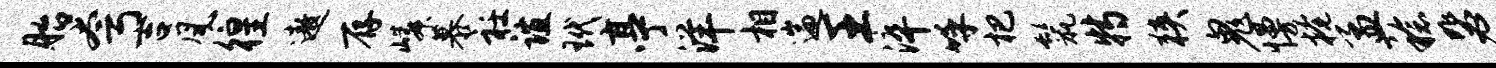
胎夸吉风徨遨存嶙慕衽谊玳亭洋相遄王淬呼杷鬣特狭鬼慢掩孟稔毖